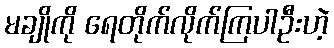
မချိုကို ရေတိုက်လိုက်ကြပါဦးဟဲ့